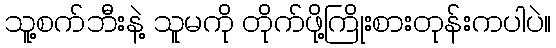
သူ့စက်ဘီးနဲ့ သူမကို တိုက်ဖို့ကြိုးစားတုန်းကပါပဲ။